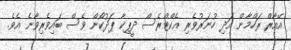
އޭއާރް ރަހްމާން އަދި ހުނަރުވެރި އެކްޓްރެސް ދީޕިކާ ޕަދުކޯން ވެސް ބައިވެރިވާނެ އެވެ.